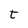
Character: t